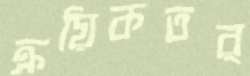
ক্রয়িকতর্